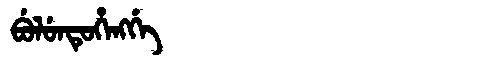
Manchu: ᠪᡠᠯᡠᠨᡨᡠᡥᡝᠩᡤᡝ
Romanization: BULUNTUHENGGE